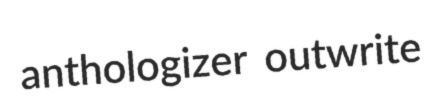
anthologizer outwrite